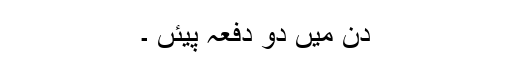
دن میں دو دفعہ پیئں ۔